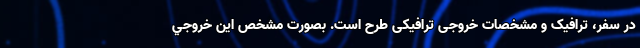
در سفر، ترافیک و مشخصات خروجی ترافیکی طرح است. بصورت مشخص اين خروجي